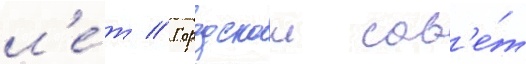
л'е́т // Городскои сов'е́т